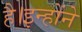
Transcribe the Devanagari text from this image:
है।इन्होंने